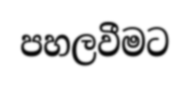
පහලවීමට